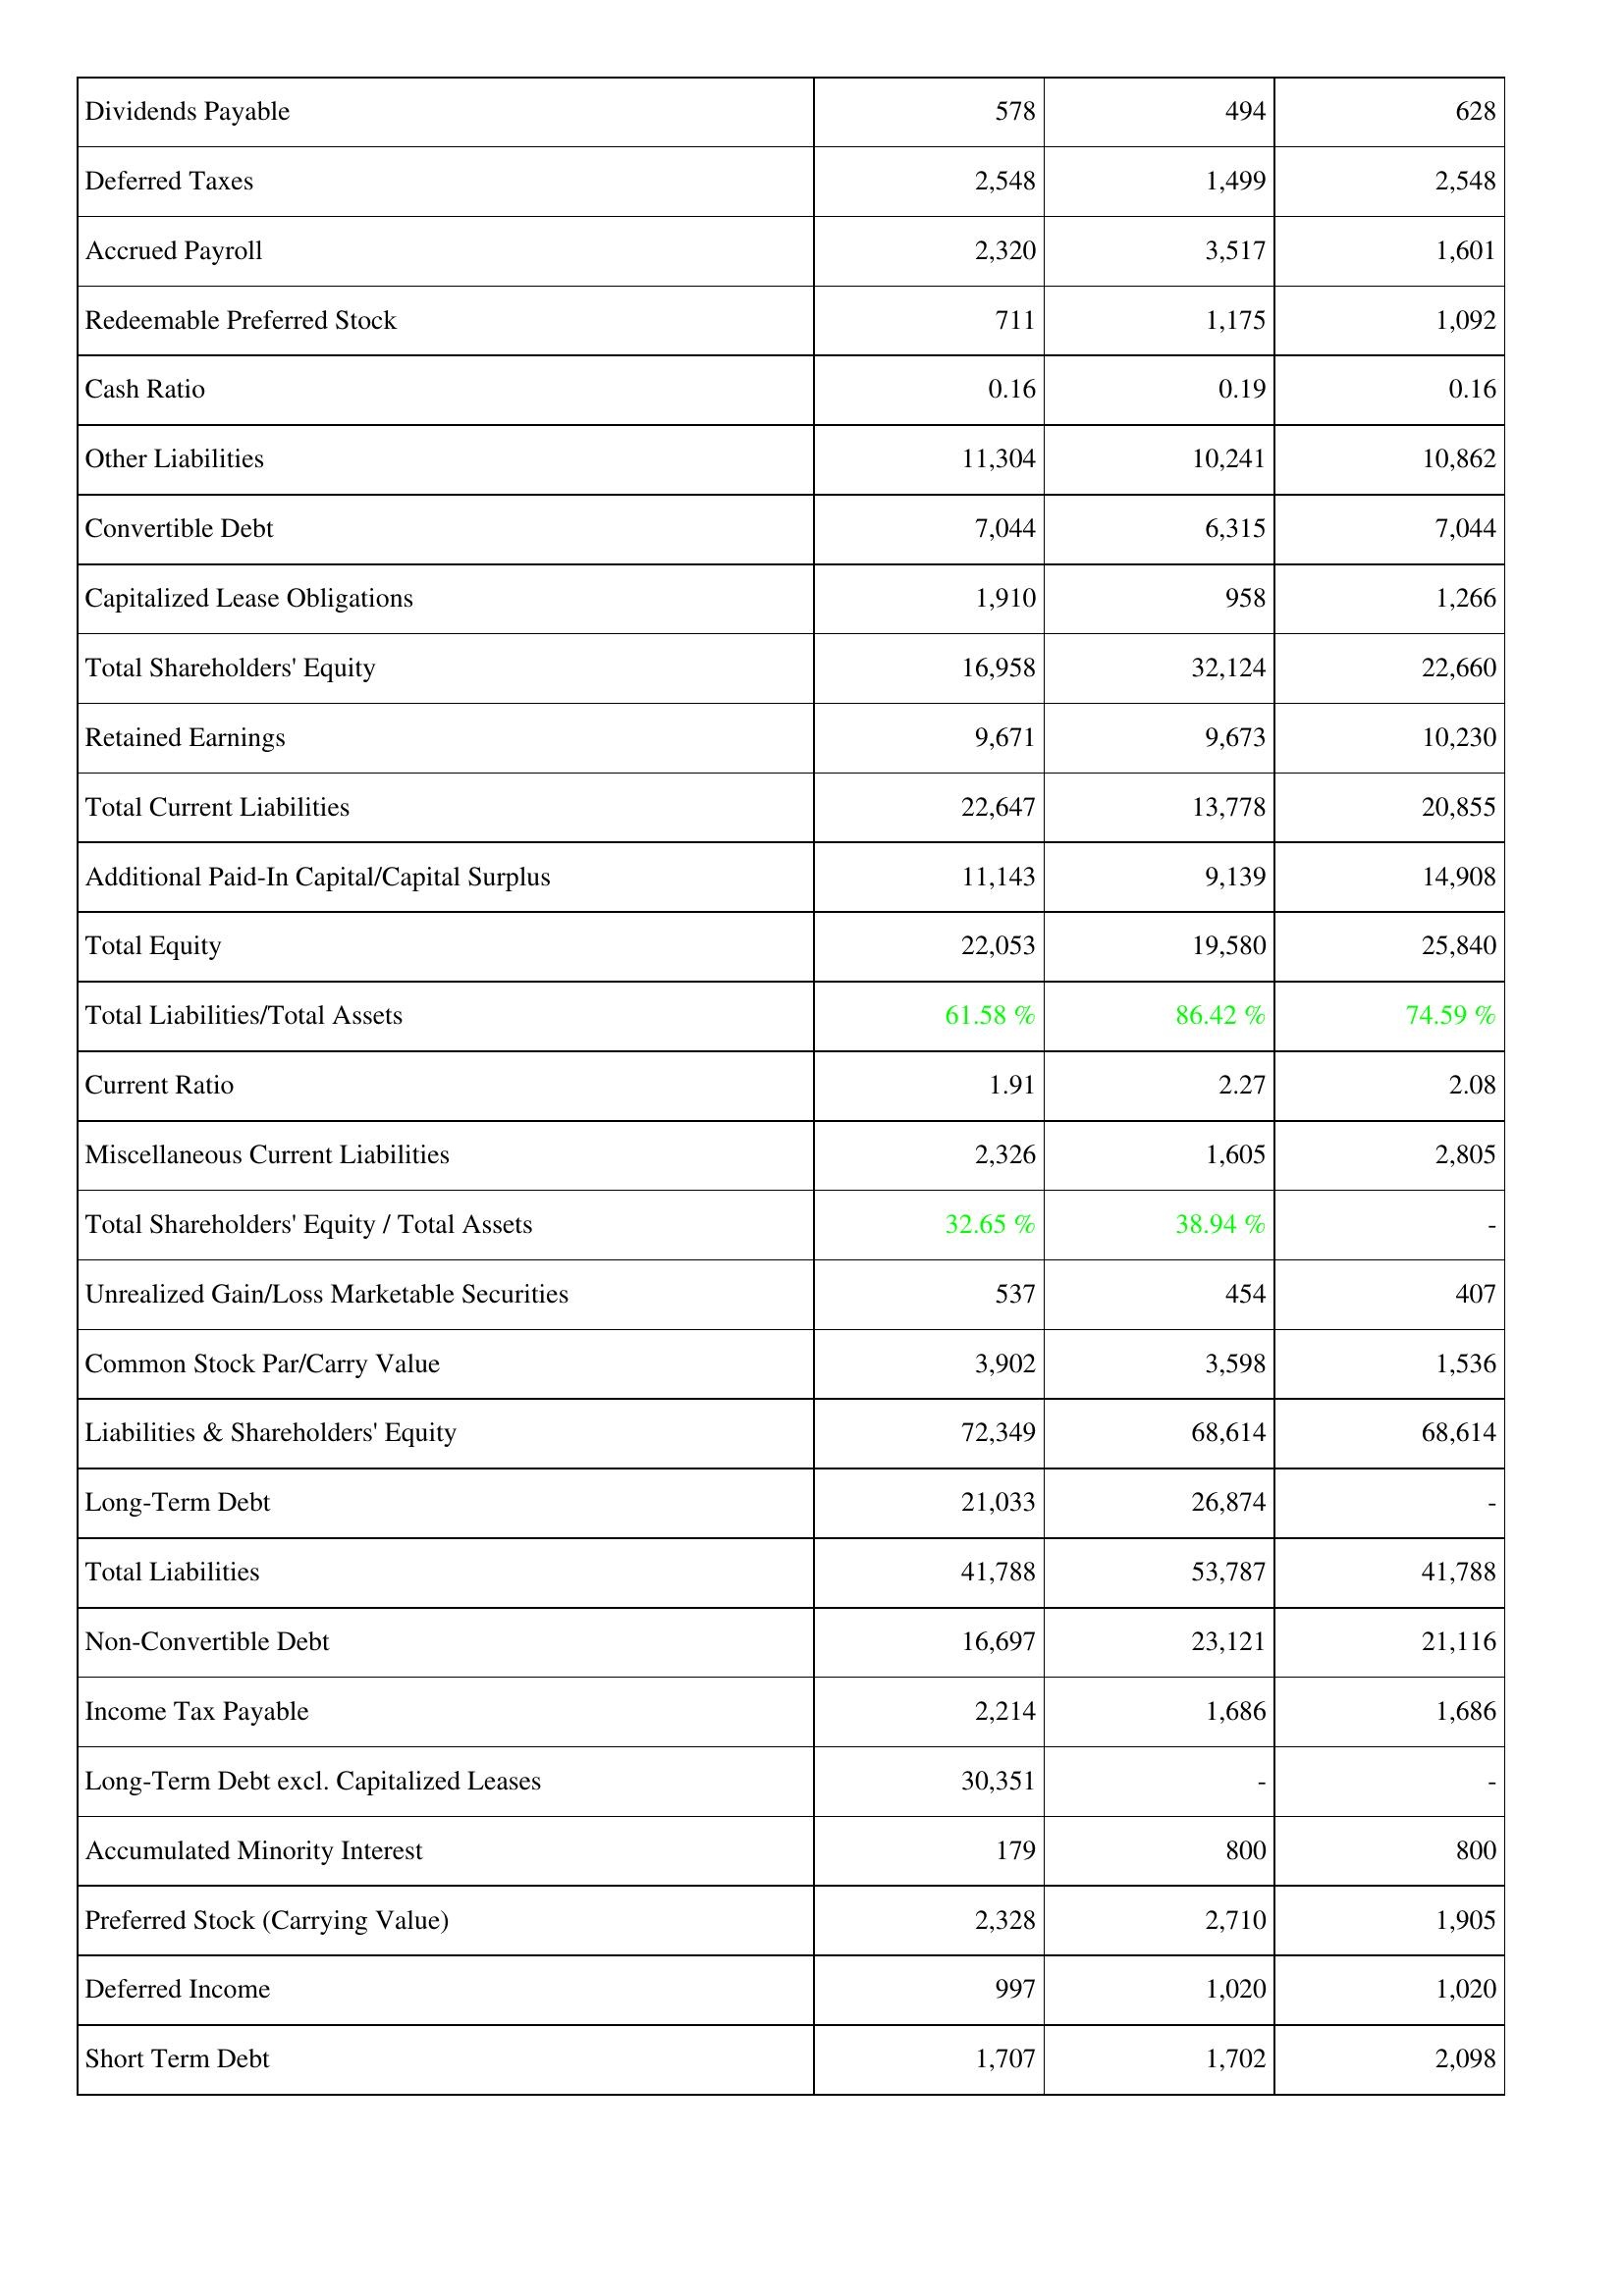
2010: Liabilities & Shareholders' Equity: Dividends Payable: 578
Deferred Taxes: 2,548
Accrued Payroll: 2,320
Redeemable Preferred Stock: 711
Cash Ratio: 0.16
Other Liabilities: 11,304
Convertible Debt: 7,044
Capitalized Lease Obligations: 1,910
Total Shareholders' Equity: 16,958
Retained Earnings: 9,671
Total Current Liabilities: 22,647
Additional Paid-In Capital/Capital Surplus: 11,143
Total Equity: 22,053
Total Liabilities/Total Assets: 61.58 %
Current Ratio: 1.91
Miscellaneous Current Liabilities: 2,326
Total Shareholders' Equity / Total Assets: 32.65 %
Unrealized Gain/Loss Marketable Securities: 537
Common Stock Par/Carry Value: 3,902
Liabilities & Shareholders' Equity: 72,349
Long-Term Debt: 21,033
Total Liabilities: 41,788
Non-Convertible Debt: 16,697
Income Tax Payable: 2,214
Long-Term Debt excl. Capitalized Leases: 30,351
Accumulated Minority Interest: 179
Preferred Stock (Carrying Value): 2,328
Deferred Income: 997
Short Term Debt: 1,707
2011: Liabilities & Shareholders' Equity: Dividends Payable: 494
Deferred Taxes: 1,499
Accrued Payroll: 3,517
Redeemable Preferred Stock: 1,175
Cash Ratio: 0.19
Other Liabilities: 10,241
Convertible Debt: 6,315
Capitalized Lease Obligations: 958
Total Shareholders' Equity: 32,124
Retained Earnings: 9,673
Total Current Liabilities: 13,778
Additional Paid-In Capital/Capital Surplus: 9,139
Total Equity: 19,580
Total Liabilities/Total Assets: 86.42 %
Current Ratio: 2.27
Miscellaneous Current Liabilities: 1,605
Total Shareholders' Equity / Total Assets: 38.94 %
Unrealized Gain/Loss Marketable Securities: 454
Common Stock Par/Carry Value: 3,598
Liabilities & Shareholders' Equity: 68,614
Long-Term Debt: 26,874
Total Liabilities: 53,787
Non-Convertible Debt: 23,121
Income Tax Payable: 1,686
Long-Term Debt excl. Capitalized Leases: -
Accumulated Minority Interest: 800
Preferred Stock (Carrying Value): 2,710
Deferred Income: 1,020
Short Term Debt: 1,702
2012: Liabilities & Shareholders' Equity: Dividends Payable: 628
Deferred Taxes: 2,548
Accrued Payroll: 1,601
Redeemable Preferred Stock: 1,092
Cash Ratio: 0.16
Other Liabilities: 10,862
Convertible Debt: 7,044
Capitalized Lease Obligations: 1,266
Total Shareholders' Equity: 22,660
Retained Earnings: 10,230
Total Current Liabilities: 20,855
Additional Paid-In Capital/Capital Surplus: 14,908
Total Equity: 25,840
Total Liabilities/Total Assets: 74.59 %
Current Ratio: 2.08
Miscellaneous Current Liabilities: 2,805
Total Shareholders' Equity / Total Assets: -
Unrealized Gain/Loss Marketable Securities: 407
Common Stock Par/Carry Value: 1,536
Liabilities & Shareholders' Equity: 68,614
Long-Term Debt: -
Total Liabilities: 41,788
Non-Convertible Debt: 21,116
Income Tax Payable: 1,686
Long-Term Debt excl. Capitalized Leases: -
Accumulated Minority Interest: 800
Preferred Stock (Carrying Value): 1,905
Deferred Income: 1,020
Short Term Debt: 2,098